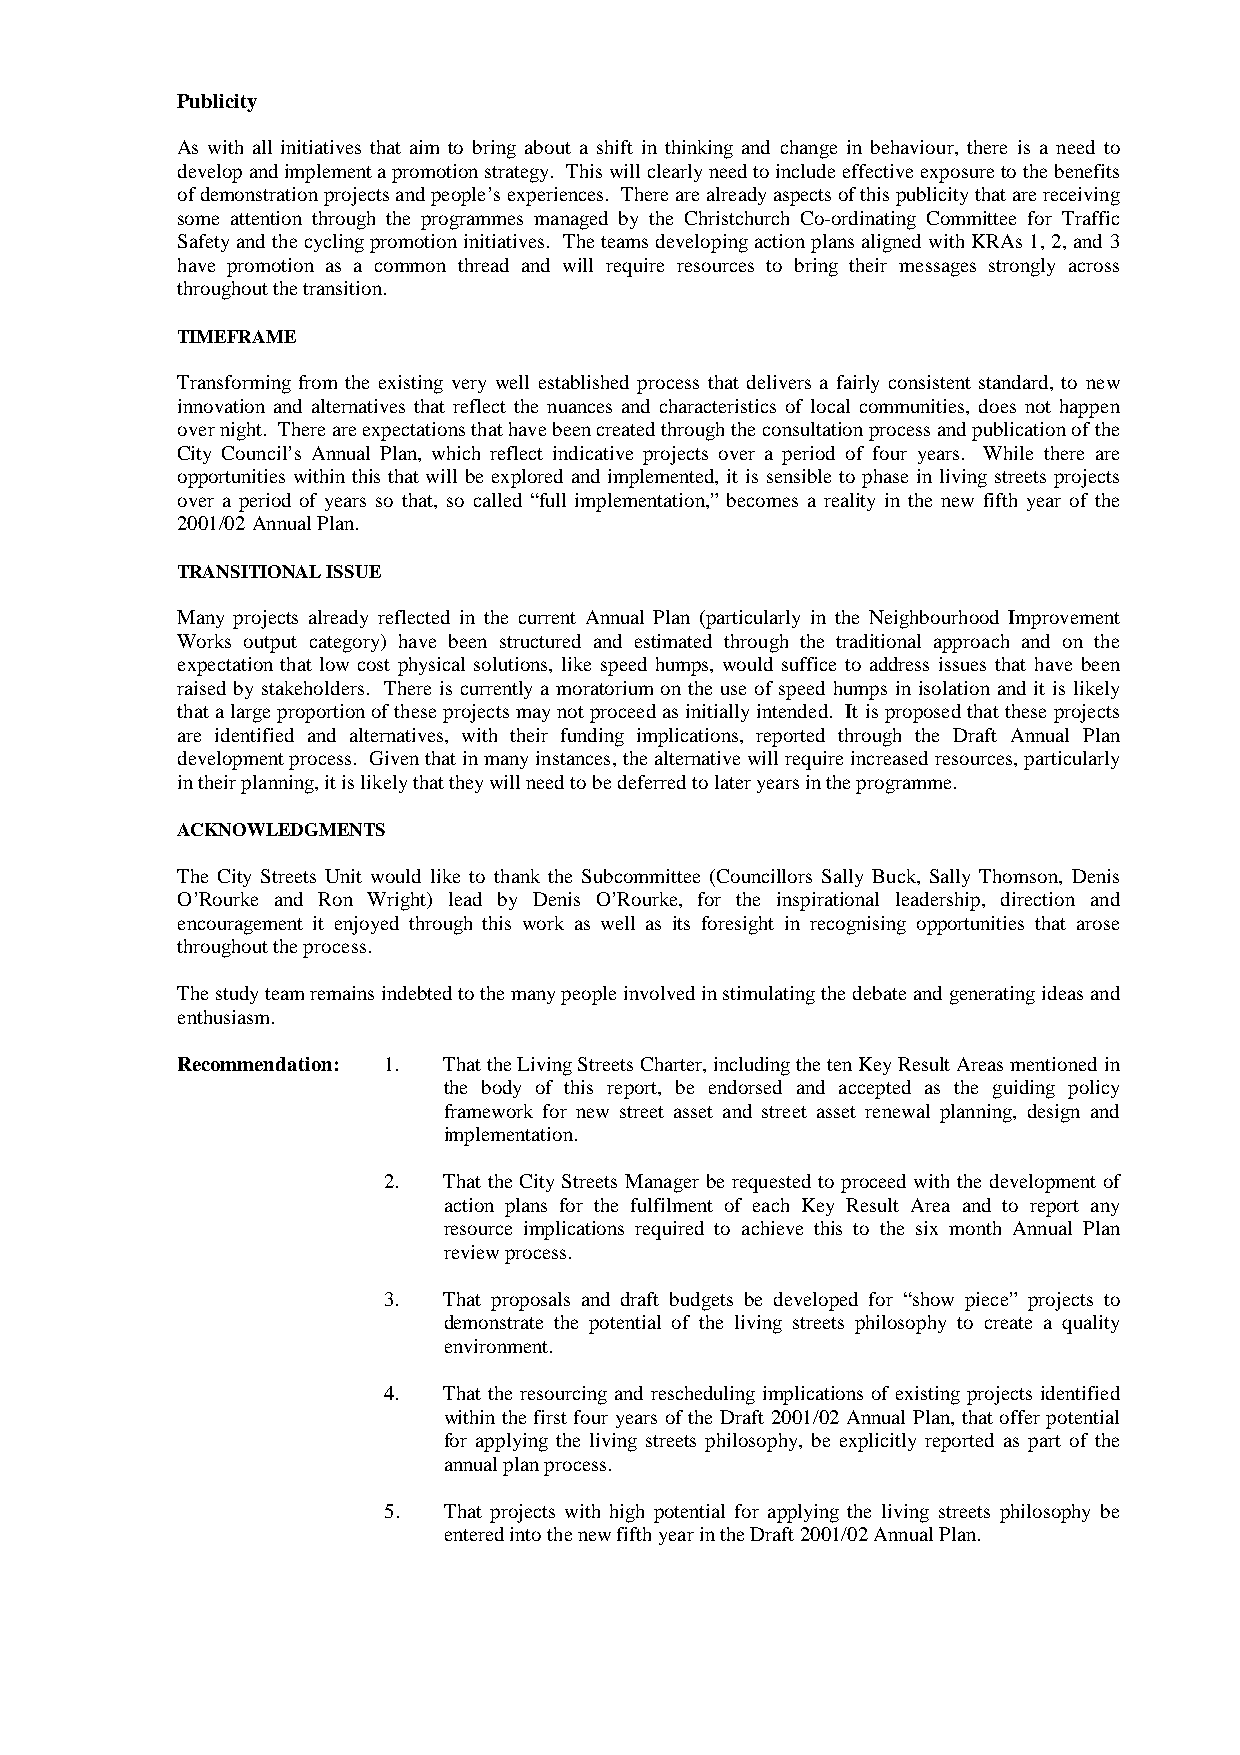
Publicity
 As with all initiatives that aim to bring about a shift in thinking and change in behaviour, there is a need to
 develop and implement a promotion strategy. This will clearly need to include effective exposure to the benefits
 of demonstration projects and people’s experiences. There are already aspects of this publicity that are receiving
 some attention through the programmes managed by the Christchurch Co-ordinating Committee for Traffic
 Safety and the cycling promotion initiatives. The teams developing action plans aligned with KRAs 1, 2, and 3
 have promotion as a common thread and will require resources to bring their messages strongly across
 throughout the transition.
 TIMEFRAME
 Transforming from the existing very well established process that delivers a fairly consistent standard, to new
 innovation and alternatives that reflect the nuances and characteristics of local communities, does not happen
 over night. There are expectations that have been created through the consultation process and publication of the
 City Council’s Annual Plan, which reflect indicative projects over a period of four years. While there are
 opportunities within this that will be explored and implemented, it is sensible to phase in living streets projects
 over a period of years so that, so called “full implementation,” becomes a reality in the new fifth year of the
 2001/02 Annual Plan.
 TRANSITIONAL ISSUE
 Many projects already reflected in the current Annual Plan (particularly in the Neighbourhood Improvement
 Works output category) have been structured and estimated through the traditional approach and on the
 expectation that low cost physical solutions, like speed humps, would suffice to address issues that have been
 raised by stakeholders. There is currently a moratorium on the use of speed humps in isolation and it is likely
 that a large proportion of these projects may not proceed as initially intended. It is proposed that these projects
 are identified and alternatives, with their funding implications, reported through the Draft Annual Plan
 development process. Given that in many instances, the alternative will require increased resources, particularly
 in their planning, it is likely that they will need to be deferred to later years in the programme.
 ACKNOWLEDGMENTS
 The City Streets Unit would like to thank the Subcommittee (Councillors Sally Buck, Sally Thomson, Denis
 O’Rourke and Ron Wright) lead by Denis O’Rourke, for the inspirational leadership, direction and
 encouragement it enjoyed through this work as well as its foresight in recognising opportunities that arose
 throughout the process.
 The study team remains indebted to the many people involved in stimulating the debate and generating ideas and
 enthusiasm.
 Recommendation: 1. That the Living Streets Charter, including the ten Key Result Areas mentioned in
 the body of this report, be endorsed and accepted as the guiding policy
 framework for new street asset and street asset renewal planning, design and
 implementation.
 2.  That the City Streets Manager be requested to proceed with the development of
 action plans for the fulfilment of each Key Result Area and to report any
 resource implications required to achieve this to the six month Annual Plan
 review process.
 3.  That proposals and draft budgets be developed for “show piece” projects to
 demonstrate the potential of the living streets philosophy to create a quality
 environment.
 4.  That the resourcing and rescheduling implications of existing projects identified
 within the first four years of the Draft 2001/02 Annual Plan, that offer potential
 for applying the living streets philosophy, be explicitly reported as part of the
 annual plan process.
 5.  That projects with high potential for applying the living streets philosophy be
 entered into the new fifth year in the Draft 2001/02 Annual Plan.